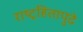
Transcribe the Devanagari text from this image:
राष्ट्रहितापुढे